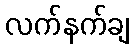
လက်နက်ချ